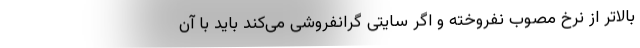
بالاتر از نرخ مصوب نفروخته و اگر سایتی گرانفروشی می‌کند باید با آن